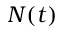
N ( t )